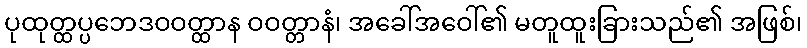
ပုထုတ္ထပ္ပဘေဒဝဝတ္ထာန ဝဝတ္တာနံ၊ အခေါ်အဝေါ်၏ မတူထူးခြားသည်၏ အဖြစ်၊